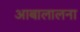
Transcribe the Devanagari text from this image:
आबालालना